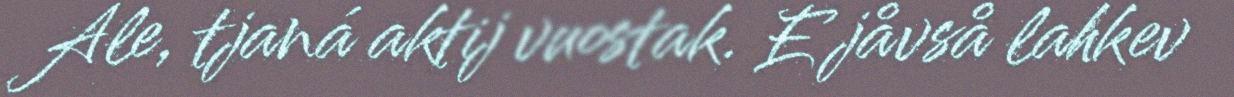
Ale, tjaná aktij vuostak. E jåvså lahkev